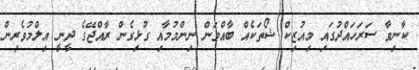
ކާނިވާ ސަރަހައްދުގައި މިއުޒިކް ޝޯތަކެއް ބާއްވަން ނިންމުމާއި ގުޅިގެން ރާއްޖޭގެ ދީނީ އިލްމުވެރިން